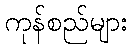
ကုန်စည်များ